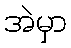
အဲမှာ